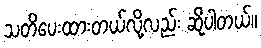
သတိပေးထားတယ်လို့လည်း ဆိုပါတယ်။